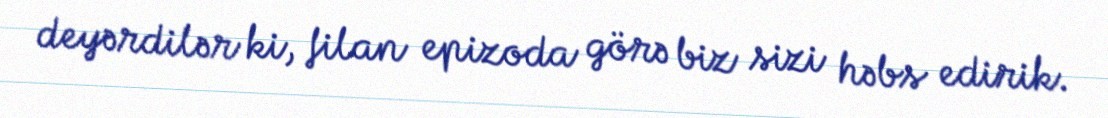
deyərdilər ki, filan epizoda görə biz sizi həbs edirik.